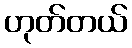
ဟုတ်တယ်